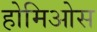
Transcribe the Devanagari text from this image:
होमिओस